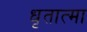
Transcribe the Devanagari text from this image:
धृतात्मा